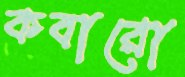
কবারো